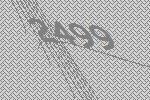
2499